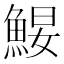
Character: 𩷑